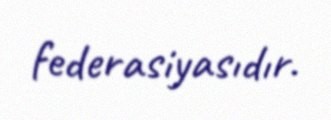
federasiyasıdır.